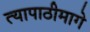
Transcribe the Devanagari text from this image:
त्यापाठीमागे